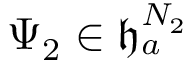
\Psi _ { 2 } \in \mathfrak { h } _ { a } ^ { N _ { 2 } }